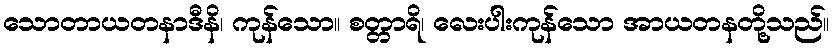
သောတာယတနာဒီနိ၊ ကုန်သော။ စတ္တာရိ၊ လေးပါးကုန်သော အာယတနတို့သည်။